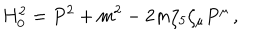
LaTeX: H _ { 0 } ^ { 2 } = P ^ { 2 } + m ^ { 2 } - 2 m \zeta _ { 5 } \zeta _ { \mu } P ^ { \mu } \, ,